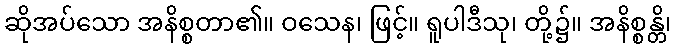
ဆိုအပ်သော အနိစ္စတာ၏။ ဝသေန၊ ဖြင့်။ ရူပါဒီသု၊ တို့၌။ အနိစ္စန္တိ၊